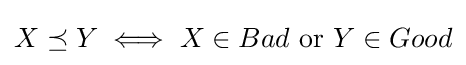
X\preceq Y\iff X\in Bad{\text{ or }}Y\in Good